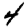
Digit: 4